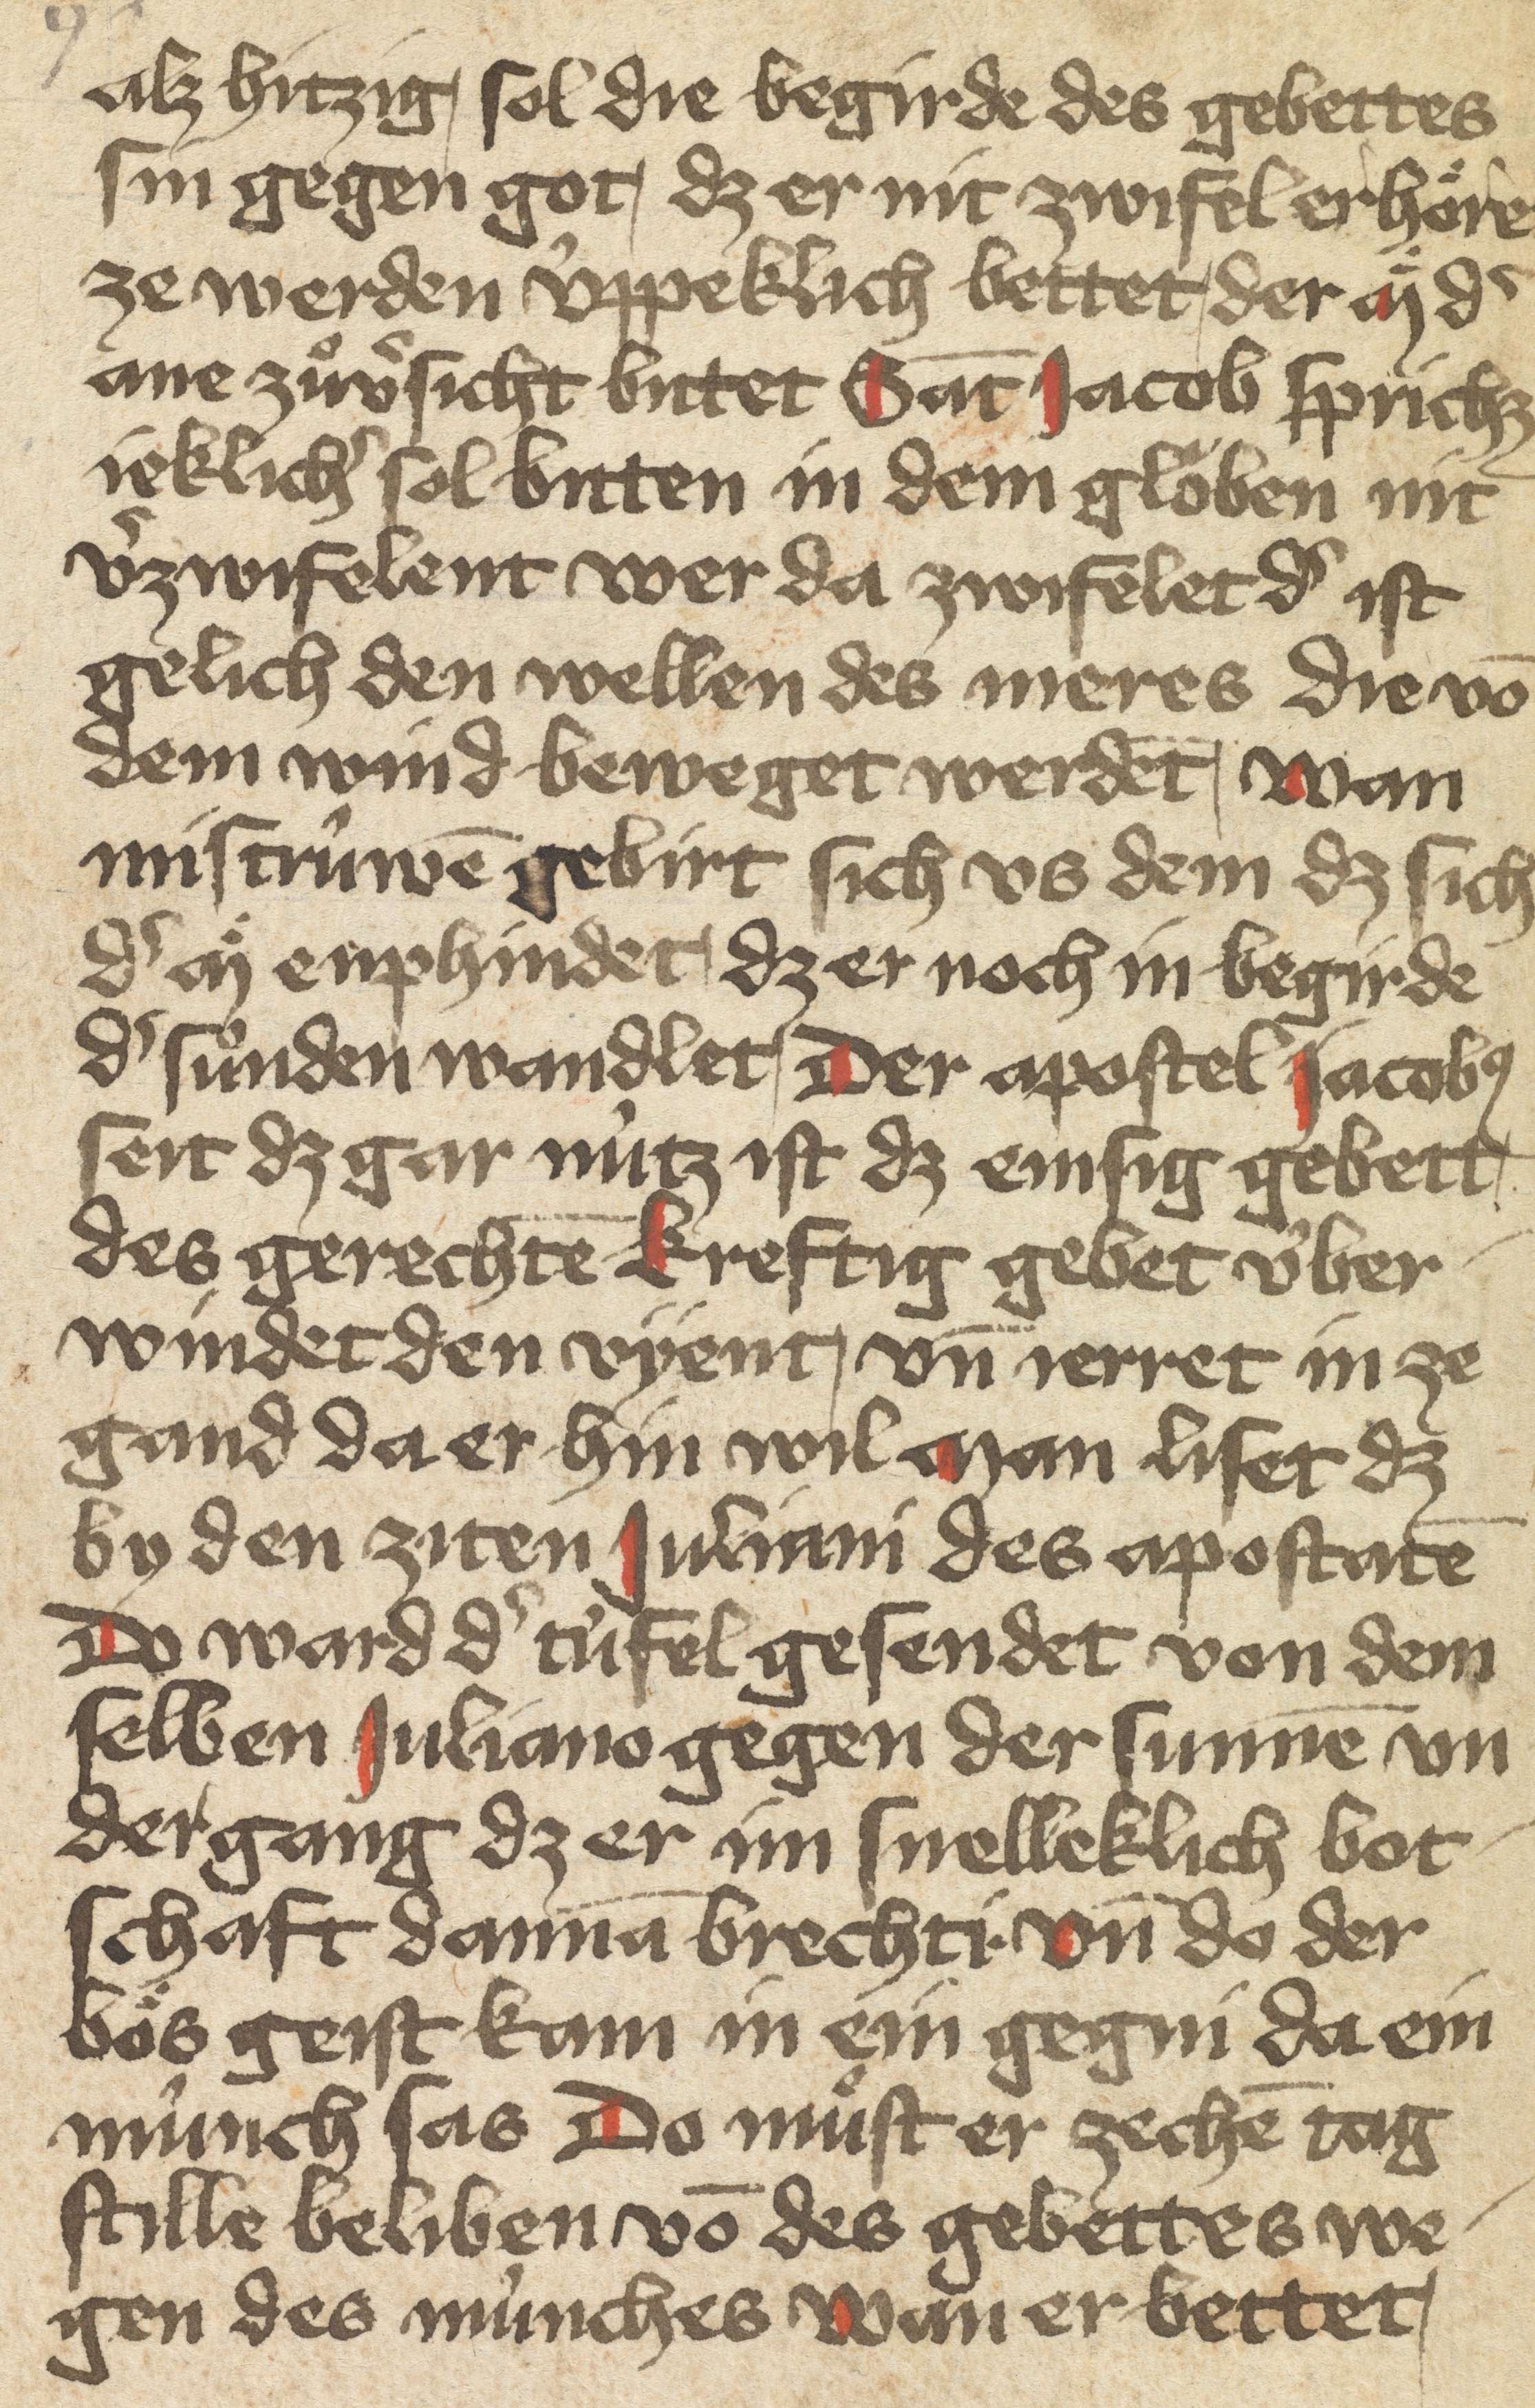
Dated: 1400–1499